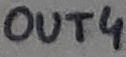
Text: OUT4